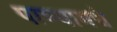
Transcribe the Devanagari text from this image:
पाण्यामधे